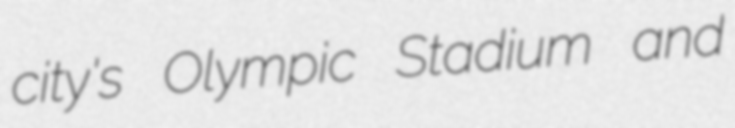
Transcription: city's Olympic Stadium and